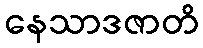
နေသာဒဇာတိ